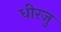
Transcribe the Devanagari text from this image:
धीरजु